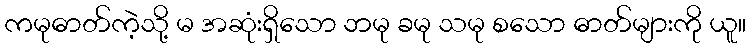
ကမုဓာတ်ကဲ့သို့ မ အဆုံးရှိသော ဘမု ခမု သမု စသော ဓာတ်များကို ယူ။